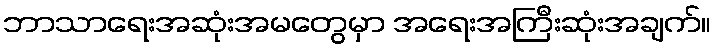
ဘာသာရေးအဆုံးအမတွေမှာ အရေးအကြီးဆုံးအချက်။